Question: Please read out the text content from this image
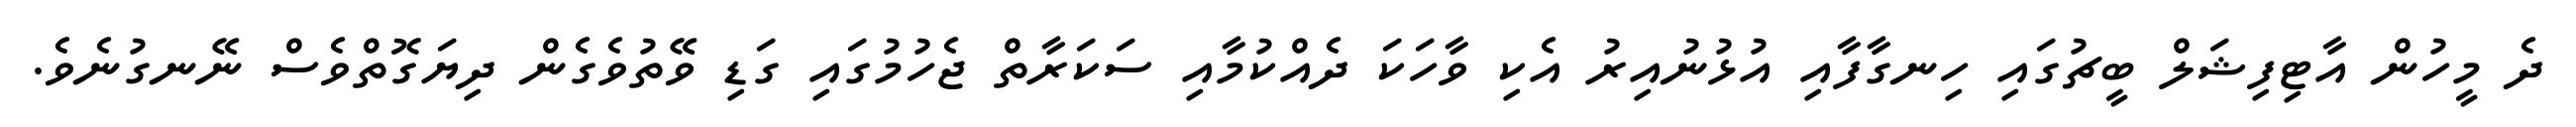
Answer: ދެ މީހުން އާޓިފިޝަލް ބީޗުގައި ހިނގާފާއި އުޅުނުއިރު އެކި ވާހަކަ ދެއްކުމާއި ސަކަރާތް ޖެހުމުގައި ގަޑި ވޭތުވެގެން ދިޔަގޮތްވެސް ނޭނގުނެވެ.